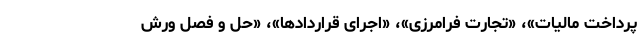
پرداخت مالیات»، «تجارت فرامرزی»، «اجرای قراردادها»، «حل و فصل ورش